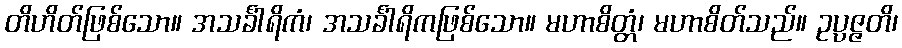
တိဟိတ်ဖြစ်သော။ အသင်္ခါရိကံ၊ အသင်္ခါရိကဖြစ်သော။ မဟာစိတ္တံ၊ မဟာစိတ်သည်။ ဥပ္ပဇ္ဇတိ၊